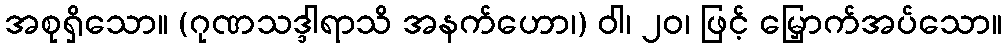
အစုရှိသော။ (ဂုဏသဒ္ဒါရာသိ အနက်ဟော၊) ဝါ၊ ၂၀၊ ဖြင့် မြှောက်အပ်သော။